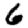
Digit: 6